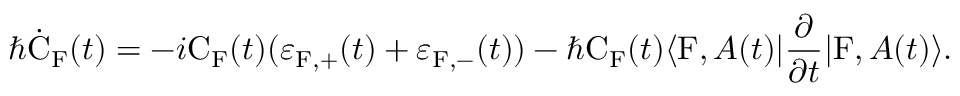
\hbar \dot { \mathrm { C } } _ { \mathrm { F } } ( t ) = - i \mathrm { C } _ { \mathrm { F } } ( t ) ( \varepsilon _ { \mathrm { F } , + } ( t ) + \varepsilon _ { \mathrm { F } , - } ( t ) ) - \hbar \mathrm { C } _ { \mathrm { F } } ( t ) \langle \mathrm { F } , A ( t ) | \frac { \partial } { \partial t } | \mathrm { F } , A ( t ) \rangle .